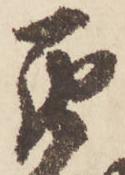
罷